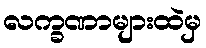
လက္ခဏာများထဲမှ